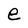
Character: e